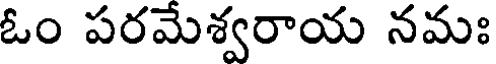
ఓం పరమేశ్వరాయ నమః